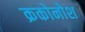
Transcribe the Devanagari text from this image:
क्रकोनोश